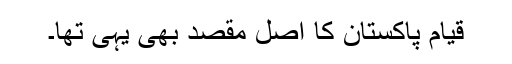
قیام پاکستان کا اصل مقصد بھی یہی تھا۔